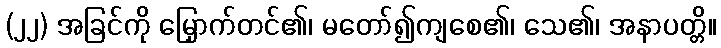
(၂၂) အခြင်ကို မြှောက်တင်၏၊ မတော်၍ကျစေ၏၊ သေ၏၊ အနာပတ္တိ။